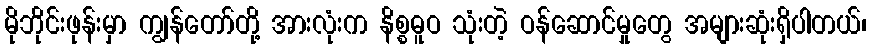
မိုဘိုင်းဖုန်းမှာ ကျွန်တော်တို့ အားလုံးက နိစ္စဓူဝ သုံးတဲ့ ဝန်ဆောင်မှုတွေ အများဆုံးရှိပါတယ်၊